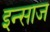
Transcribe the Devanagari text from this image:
इन्साज